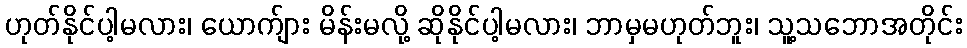
ဟုတ်နိုင်ပါ့မလား၊ ယောက်ျား မိန်းမလို့ ဆိုနိုင်ပါ့မလား၊ ဘာမှမဟုတ်ဘူး၊ သူ့သဘောအတိုင်း